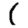
Digit: 1